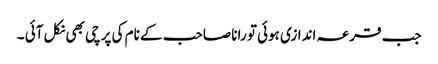
جب قرعہ اندازی ہوئی تو رانا صاحب کے نام کی پرچی بھی نکل آئی ۔